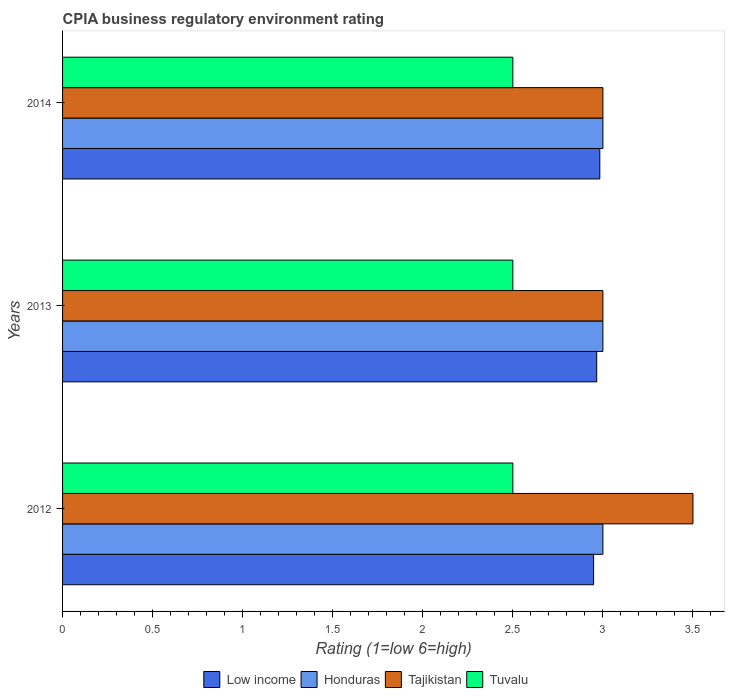
| Years | Low income | Honduras | Tajikistan | Tuvalu |
 | --- | --- | --- | --- | --- |
 | 2012 | 2.95 | 3 | 3.5 | 2.5 |
 | 2013 | 2.97 | 3 | 3 | 2.5 |
 | 2014 | 2.98 | 3 | 3 | 2.5 |